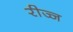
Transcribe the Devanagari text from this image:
रीज्ज